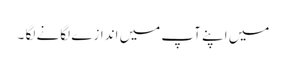
میں اپنے آپ میں اندازے لگانے لگا ۔